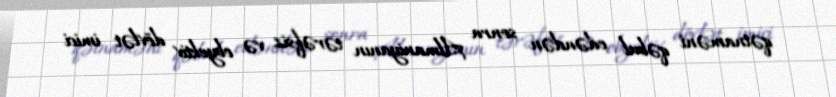
qətnaməni qəbul edəndən sonra Almaniyanın tərəfsiz və obyektiv dövlət imici